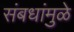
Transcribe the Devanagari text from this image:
संबधांमुळे